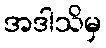
အဒါသိမှ